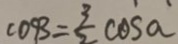
\cos \beta = \frac { 3 } { 2 } \cos a